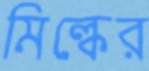
মিল্কের